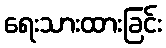
ရေးသားထားခြင်း